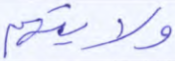
ولايتهم